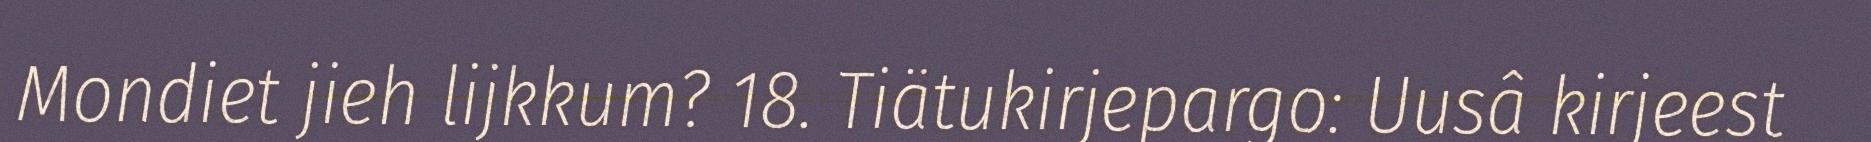
Mondiet jieh lijkkum? 18. Tiätukirjepargo: Uusâ kirjeest